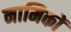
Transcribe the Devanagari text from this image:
नामिकों